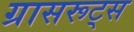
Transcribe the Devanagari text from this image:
ग्रासरूट्स